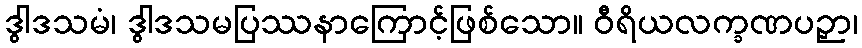
ဒွါဒသမံ၊ ဒွါဒသမပြဿနာကြောင့်ဖြစ်သော။ ဝီရိယလက္ခဏပဉှာ၊